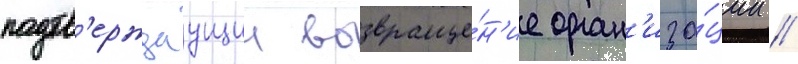
подтв'ерждаущии возвраще́н'ие орган'иза́ции //